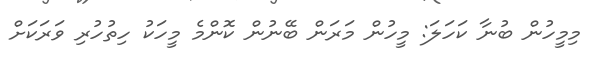
މިމީހުން ބުނާ ކަހަލަ: މީހުން މަރަން ބޭނުން ކޮންމެ މީހަކު ހިތުހުރި ވަރަކަށް